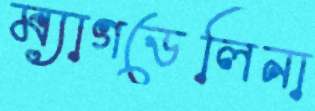
ম্যাগডেলিনা